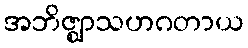
အဘိဇ္ဈာသဟဂတာယ